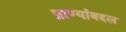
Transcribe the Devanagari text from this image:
प्राण्यांबद्दल